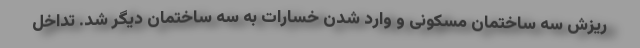
ریزش سه ساختمان مسکونی و وارد شدن خسارات به سه ساختمان دیگر شد. تداخل